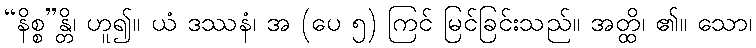
“နိစ္စ”န္တိ၊ ဟူ၍။ ယံ ဒဿနံ၊ အ (ပေ ၅) ကြင် မြင်ခြင်းသည်။ အတ္ထိ၊ ၏။ သော၊